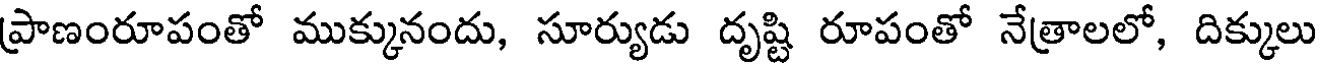
ప్రాణంరూపంతో ముక్కునందు, సూర్యుడు దృష్టి రూపంతో నేత్రాలలో, దిక్కులు